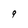
Character: 9